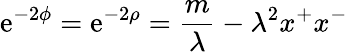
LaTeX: \mathrm{e}^{-2\phi}=\mathrm{e}^{-2\rho}=\frac{{m}}{{\lambda}}-\lambda^{2}x^{+}x^{-}